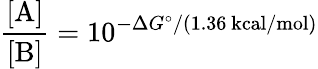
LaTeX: {\frac{[\mathrm{A}]}{[\mathrm{B}]}}=10^{-\Delta G^{\circ}/(1.36\ \mathrm{kcal/mol})}